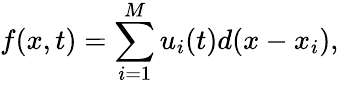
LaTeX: f(x,t)=\sum_{i=1}^{M}u_{i}(t)d(x-x_{i}),